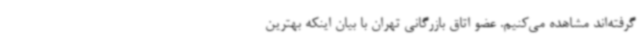
گرفته‌اند مشاهده می‌کنیم. عضو اتاق بازرگانی تهران با بیان اینکه بهترین